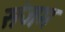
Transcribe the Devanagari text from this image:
संजम